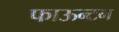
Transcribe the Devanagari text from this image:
फाऊन्टन